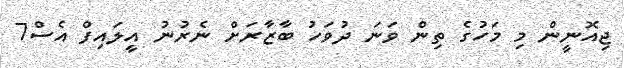
ޖިއޮނީން މި މަހުގެ ތިން ވަނަ ދުވަހު ބާޒާރަށް ނެރުނު އީލައިފް އެސް7